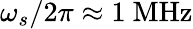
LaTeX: \omega_{s}/2\pi\approx 1~\mathrm{MHz}